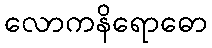
လောကနိရောဓော